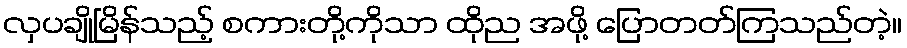
လှပချိုမြိန်သည့် စကားတို့ကိုသာ ထိုည အဖို့ ပြောတတ်ကြသည်တဲ့။